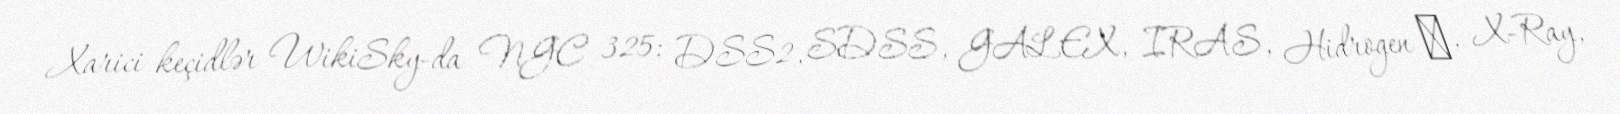
Xarici keçidlər WikiSky-da NGC 325: DSS2, SDSS, GALEX, IRAS, Hidrogen α, X-Ray,